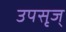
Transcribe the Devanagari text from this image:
उपसृज्